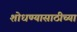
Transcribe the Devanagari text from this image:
शोधण्यासाठीच्या